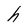
Character: h